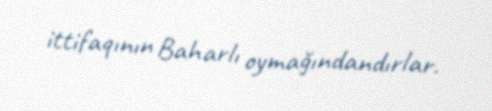
ittifaqının Baharlı oymağındandırlar.